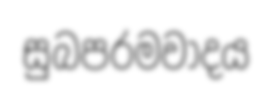
සුබපරමවාදය